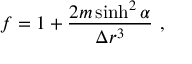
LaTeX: f = 1 + \frac { 2 m \sinh ^ { 2 } \alpha } { \Delta r ^ { 3 } } \ ,